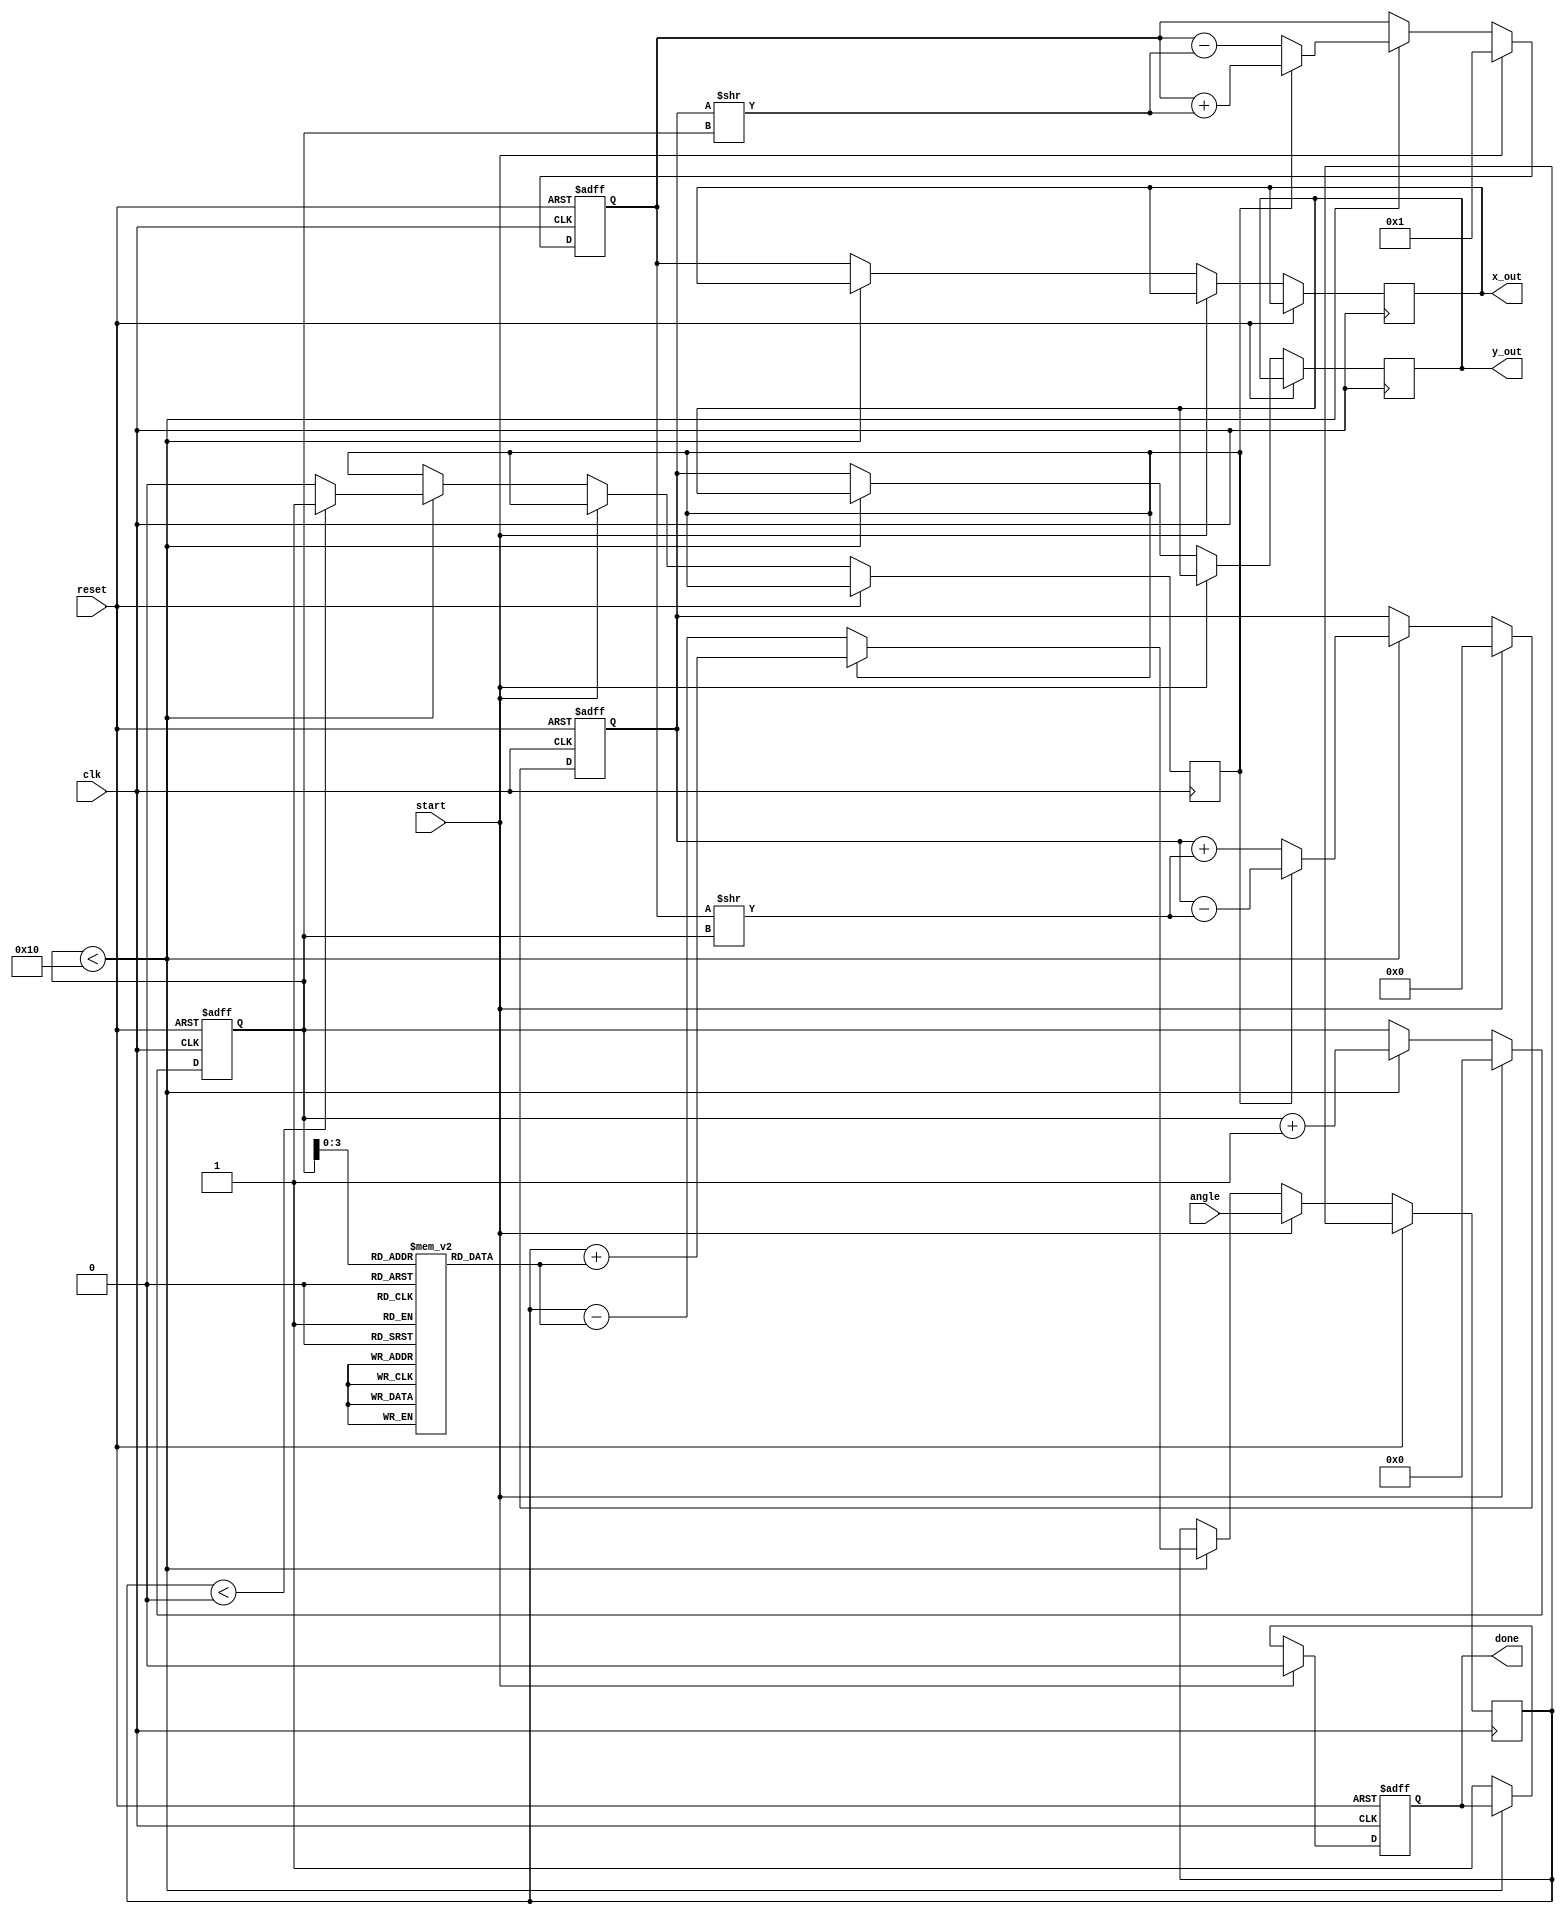
module cordic_rotational (
    input clk,
    input reset,
    input start,
    input [31:0] angle,            // Input angle (in radians, fixed-point)
    output reg [31:0] x_out,       // final x output (cosine of angle)
    output reg [31:0] y_out,       // final y output (sine of angle)
    output reg done                // operation complete flag
);

    parameter N = 16;               // Number of iterations
    parameter ANGLE_LOOKUP_WIDTH = 16;

    reg [ANGLE_LOOKUP_WIDTH-1:0] atan_table [0:N-1]; // Arctangent lookup table
    reg [31:0] x, y;                // Internal registers for x and y components
    reg [N-1:0] counter;            // Iteration counter
    reg [31:0] angle_adjusted;      // Adjusted angle for rotation
    reg direction;                  // Direction of rotation (0 for CW, 1 for CCW)
    reg [31:0] shift_x, shift_y;    // Shifted values for current iteration

    // Initialize the arctangent lookup table (in fixed-point representation)
    initial begin
        atan_table[0] = 32'h26DD; // atan(2^-0) = 0.785398 (approx)
        atan_table[1] = 32'h1DAC; // atan(2^-1) = 0.463648 (approx)
        atan_table[2] = 32'h1C71; // atan(2^-2) = 0.244978 (approx)
        // Fill up to N-1...
        atan_table[3] = 32'h1A62; // atan(2^-3)
        atan_table[4] = 32'h1D4A; // atan(2^-4)
        atan_table[5] = 32'h1E30; // atan(2^-5)
        atan_table[6] = 32'h1E67; // atan(2^-6)
        // Continue for all iterations...
        // This can also be initialized with a loop if needed
    end

    always @(posedge clk or posedge reset) begin
        if (reset) begin
            x <= 32'h00000001; // Initial x (1)
            y <= 32'h00000000; // Initial y (0)
            counter <= 0;
            done <= 0;
        end else if (start) begin
            // Reset outputs and counter on start
            x <= 32'h00000001; // Initial x (1)
            y <= 32'h00000000; // Initial y (0)
            angle_adjusted <= angle;
            counter <= 0;
            done <= 0;
        end else if (counter < N) begin
            // CORDIC rotation iteration
            direction <= (angle_adjusted < 0) ? 1 : 0; // Determine rotation direction
            if (direction) begin
                // Counter-clockwise rotation
                shift_x = (x + (y >> counter));
                shift_y = (y - (x >> counter));
                x <= shift_x;
                y <= shift_y;
                angle_adjusted <= angle_adjusted + atan_table[counter];
            end else begin
                // Clockwise rotation
                shift_x = (x - (y >> counter));
                shift_y = (y + (x >> counter));
                x <= shift_x;
                y <= shift_y;
                angle_adjusted <= angle_adjusted - atan_table[counter];
            end
            counter <= counter + 1; // Increment the counter
        end else begin
            // Operation complete
            x_out <= x;
            y_out <= y;
            done <= 1; // Indicate completion
        end
    end
endmodule